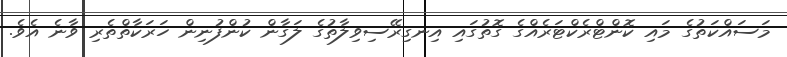
މަސައްކަތުގެ މައި ކޮންޓްރެކްޓަރެއްގެ ގޮތުގައި އިނގިރޭސިވިލާތުގެ ލަގާން ކުންފުނިން ހަރަކާތްތެރި ވާނެ އެވެ.